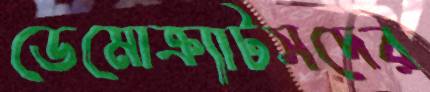
ডেমোক্র্যাটসদের